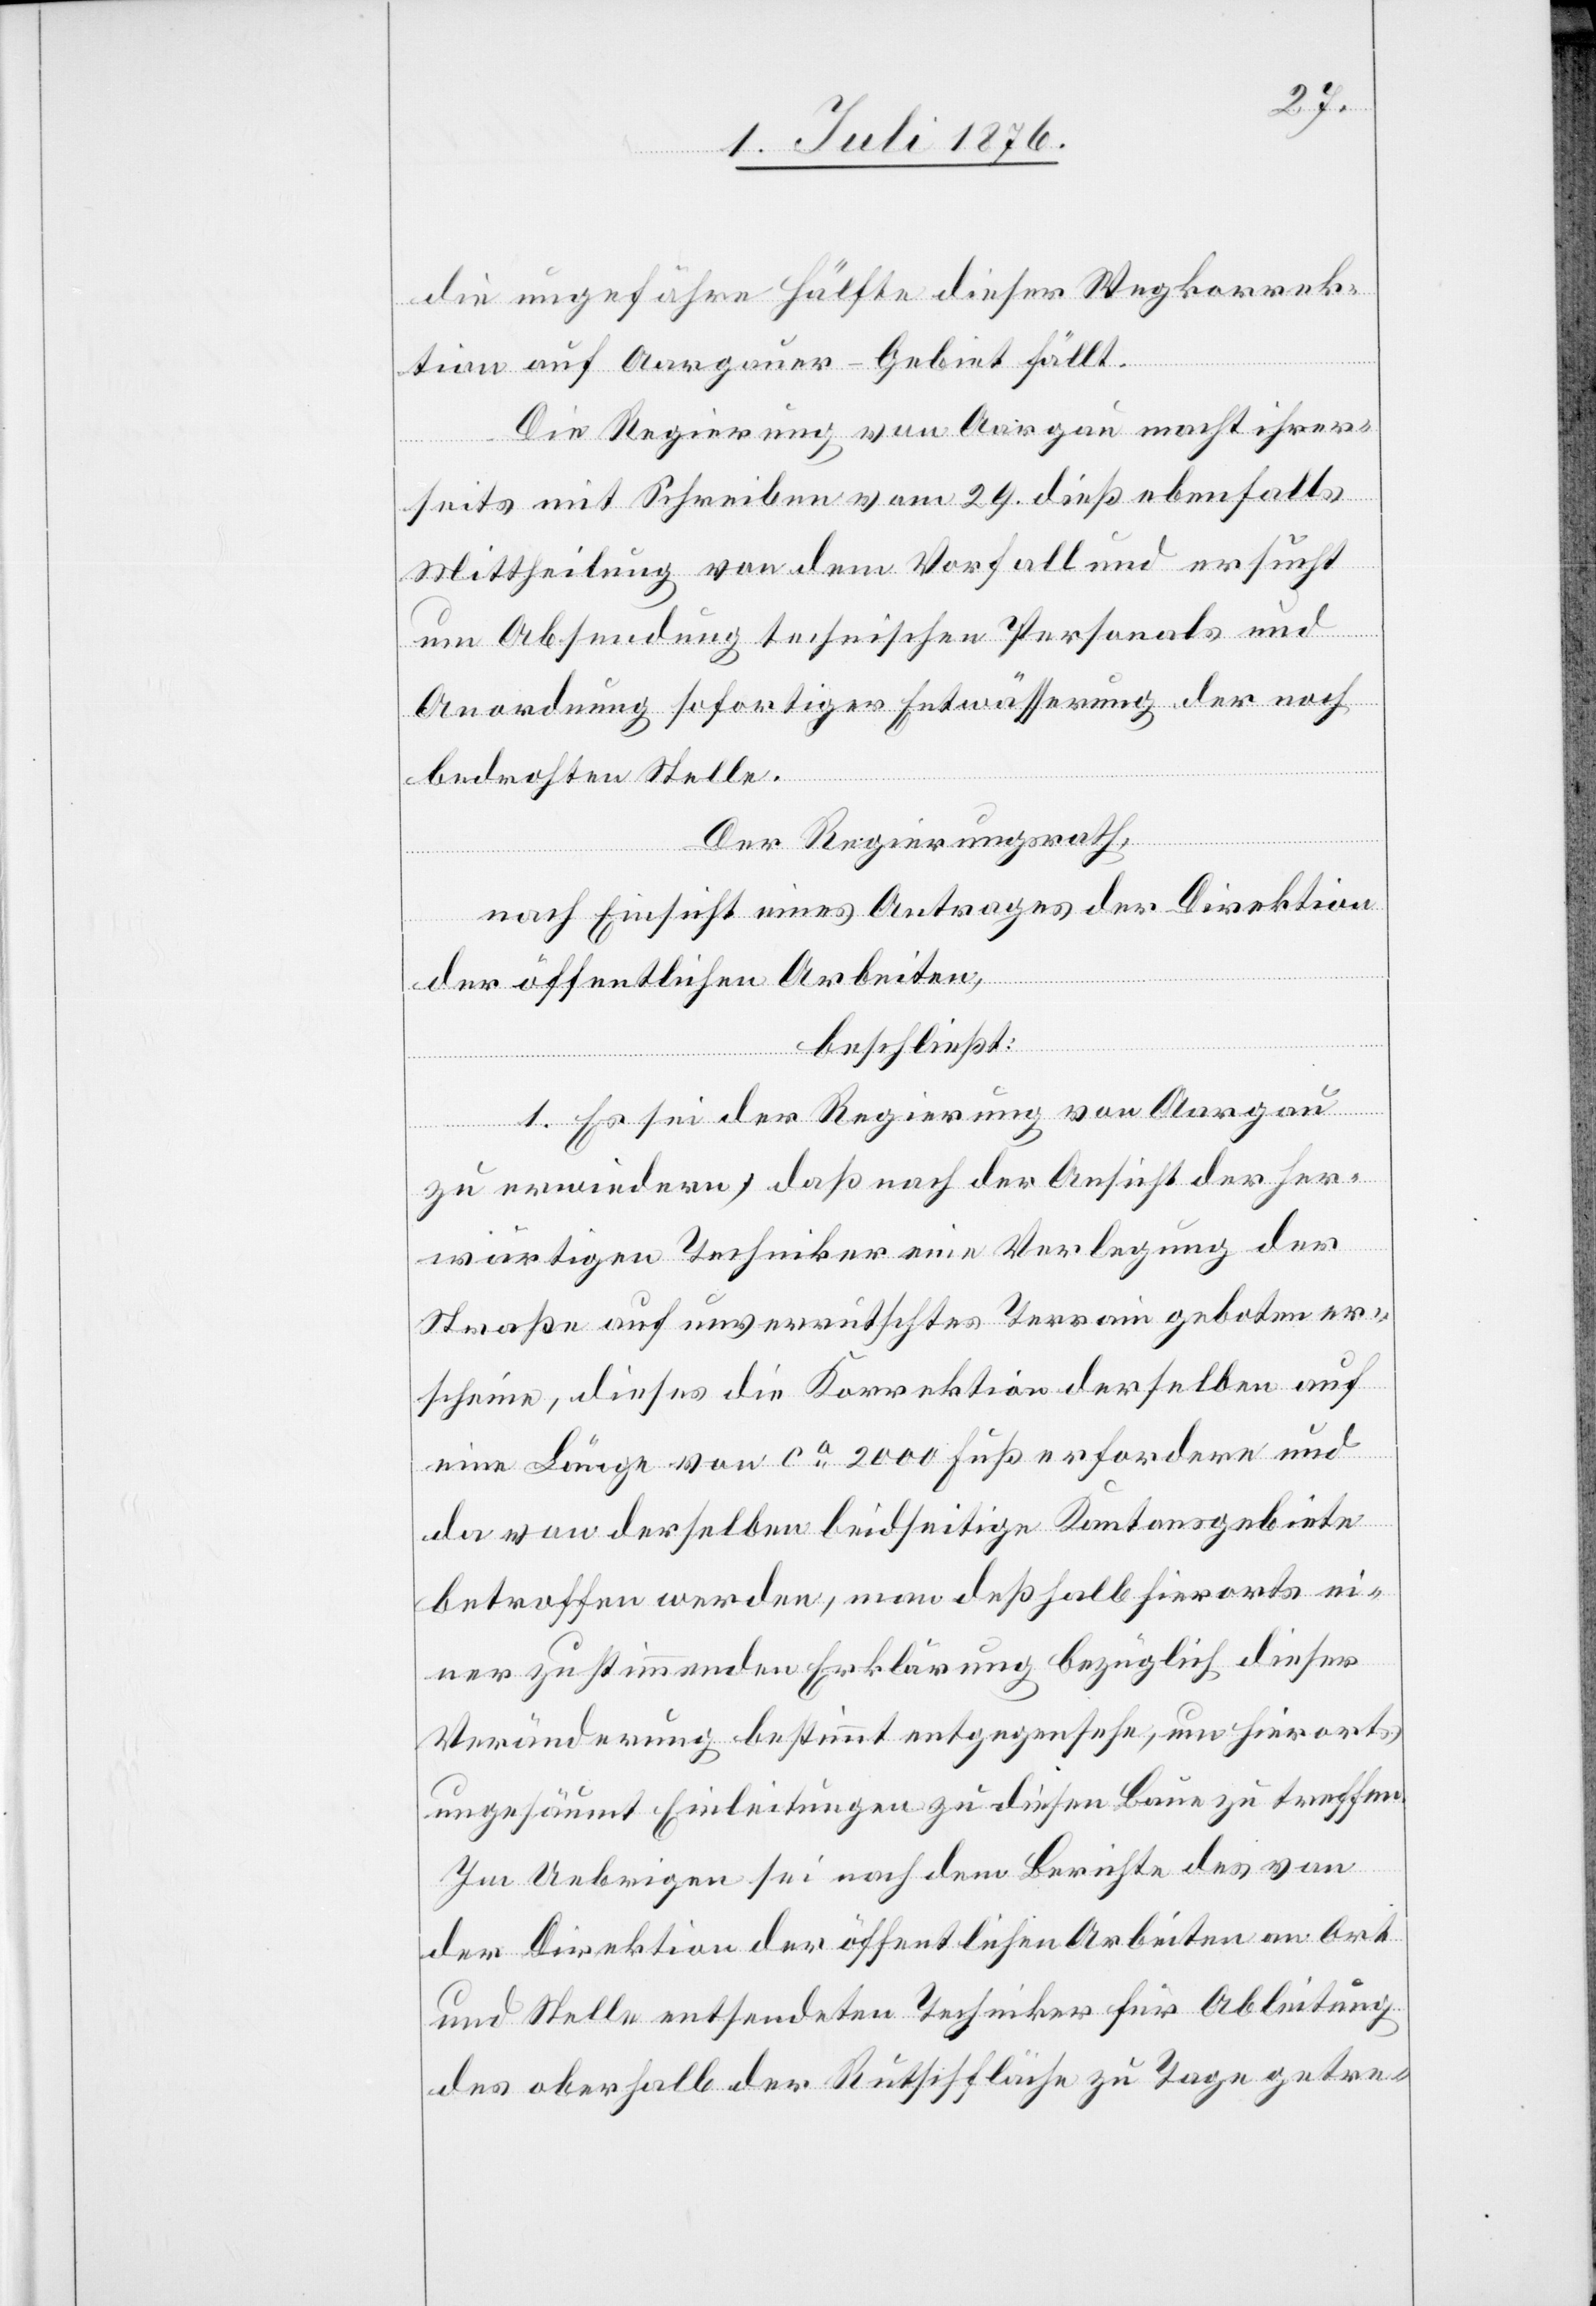
die ungefähre Hälfte dieser Wegkorrek¬
tion auf Aargauer-Gebiet fällt.
Die Regierung von Aargau macht ihrer¬
seits mit Schreiben vom 29. dieß ebenfalls
Mittheilung von dem Vorfall und ersucht
um Absendung technischen Personals und
Anordnung sofortiger Entwässerung der noch
bedrohten Stelle.
Der Regierungsrath,
die
nach Einsicht eines Antrages der Direktion
auf
der öffentlichen Arbeiten,
elben
beschließt:
1. Es sei der Regierung von Aargau
zu erwiedern, daß nach der Ansicht der her¬
wärtigen Techniker eine Verlegung der
Straße auf unverrutschtes Terrain geboten sei,
eine Länge von ca 2000 Fuß erfordern und
da von derselben beidseitige Kantonsgebiete
betroffen werden, man deßhalb hierorts ei¬
ner zustimmenden Erklärung bezüglich dieser
Veränderung bestimmt entgegenstehe, um hierorts
ungesäumt Einleitungen zu diesen [sic!] Baue zu treffen.
Im Uebrigen sei nach dem Berichte des von
der Direktion der öffentlichen Arbeiten an Ort
und Stelle entsendeten Techniker für Ableitung
des oberhalb der Rutschfläche zu Tage getre-